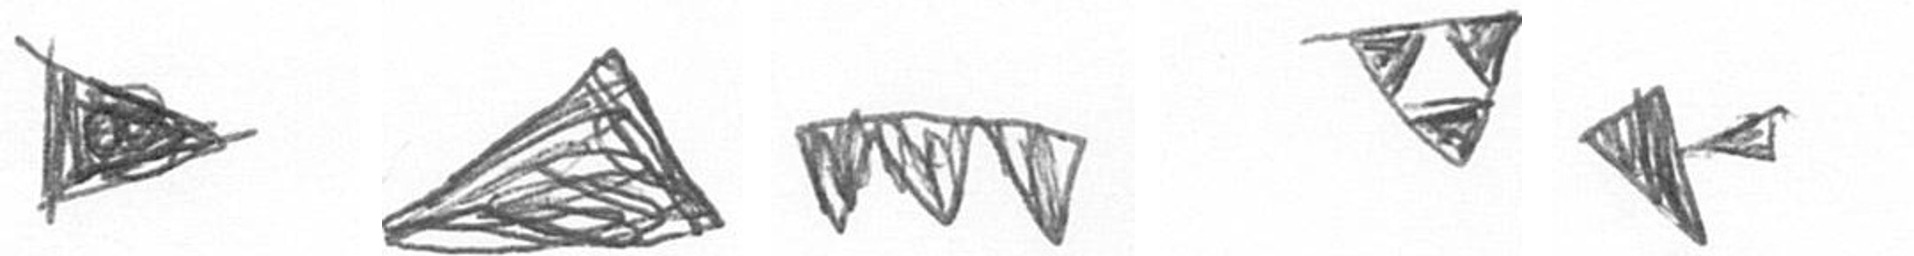
T O L S F